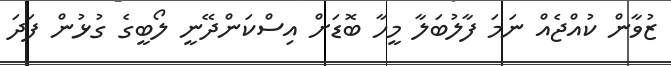
ޒުވާން ކުއްޖެއް ނަމަ ފާލުބަލާ މީހާ ބޮޑަށް އިސްކަންދޭނީ ލޯބީގެ ގުޅުން ފަދަ